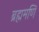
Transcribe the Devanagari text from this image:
ब्रह्ममणि